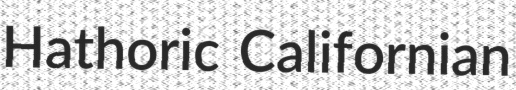
Hathoric Californian